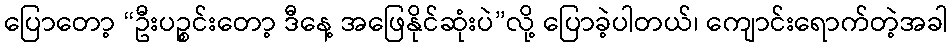
ပြောတော့ “ဦးပဉ္စင်းတော့ ဒီနေ့ အဖြေနိုင်ဆုံးပဲ”လို့ ပြောခဲ့ပါတယ်၊ ကျောင်းရောက်တဲ့အခါ